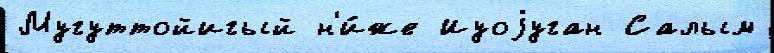
Мугуттойигый н'и́же Иуоjуган Салым